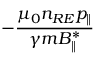
- \frac { \mu _ { 0 } n _ { R E } p _ { \| } } { \gamma m B _ { \| } ^ { * } }